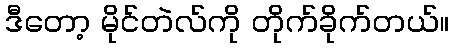
ဒီတော့ မိုင်တဲလ်ကို တိုက်ခိုက်တယ်။